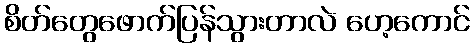
စိတ်တွေဖောက်ပြန်သွားတာလဲ ဟေ့ကောင်